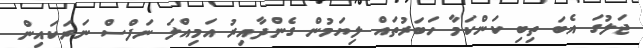
ޖަލުގަ އެބަ ތިބި ކަންކަމާ ހަބަރުތައް ލިޔަމުން ގެންދާއިރު އަމިއްލަ ނަފްސް ނަރަކައިން